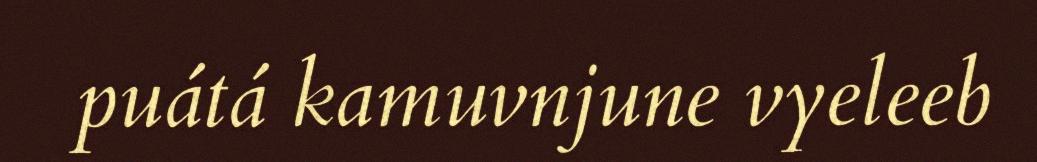
puátá kamuvnjune vyeleeb